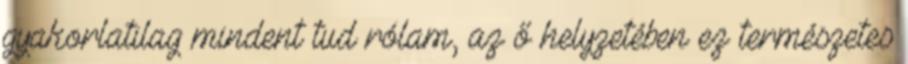
gyakorlatilag mindent tud rólam, az ő helyzetében ez természetes